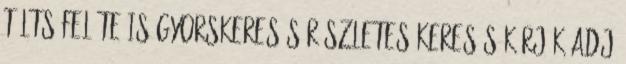
Tölts fel Te is Gyorskeresés Részletes keresés Kérjük adj